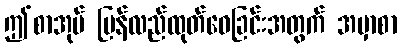
ဤစာအုပ် ပြန်လည်ထုတ်ဝေခြင်းအတွက် အမှာစာ